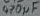
Text: 470µF